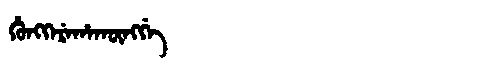
Manchu: ᡥᡠᠩᡴᡝᡵᡝᡥᠠᡴᡡᠩᡤᡝ
Romanization: HUNGKEREHAKŪNGGE